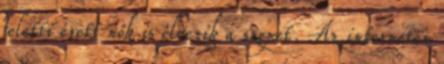
feletti érett nők is élvezik a szexet. Az interneten